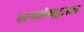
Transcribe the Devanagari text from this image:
बायसेक्सुअल